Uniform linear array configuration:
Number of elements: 8
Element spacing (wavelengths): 0.25
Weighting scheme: blackman
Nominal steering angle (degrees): -60
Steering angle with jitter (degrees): -60.897
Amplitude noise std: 0.05
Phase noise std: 0.05

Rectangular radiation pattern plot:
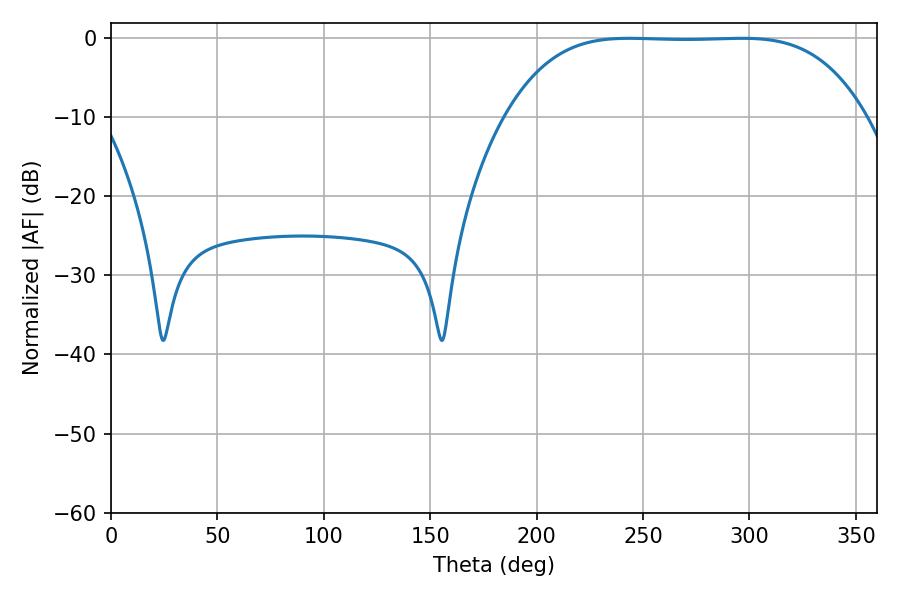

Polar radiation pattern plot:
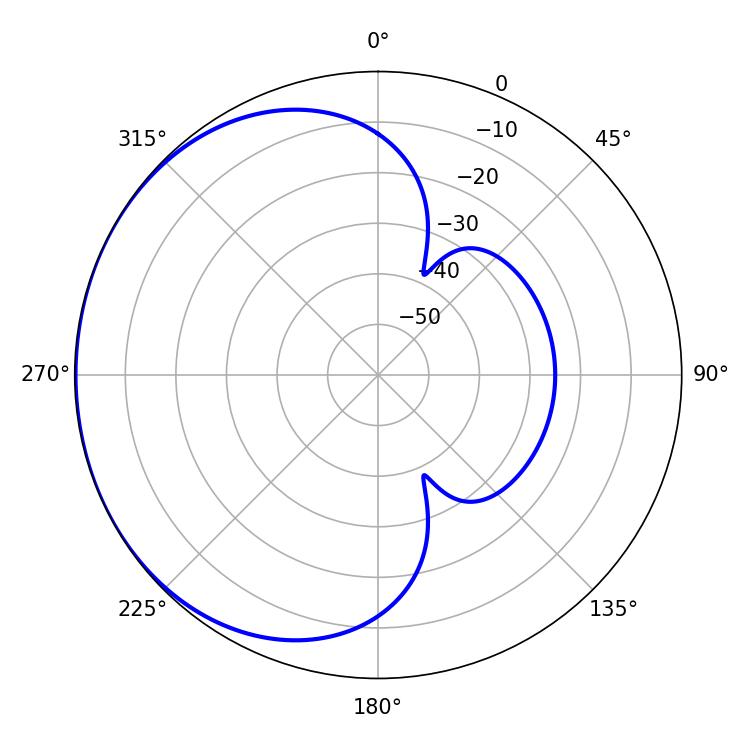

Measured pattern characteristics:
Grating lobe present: FALSE
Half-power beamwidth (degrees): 128.88
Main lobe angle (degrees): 243.54